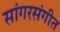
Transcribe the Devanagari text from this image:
सांगरसंगीत